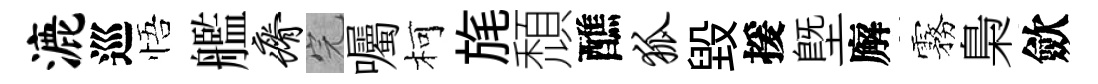
漉巡悟艦瘠完囑柯旄頹醮狐毀援塈廨霧梟歛